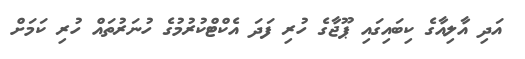
އަދި އާލިއާގެ ކިބައިގައި ޕޫޖާގެ ހުރި ފަދަ އެކްޓްކުރުމުގެ ހުނަރުތައް ހުރި ކަމަށް